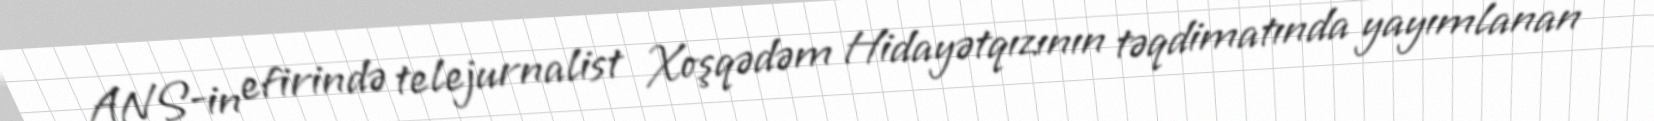
ANS-in efirində telejurnalist Xoşqədəm Hidayətqızının təqdimatında yayımlanan